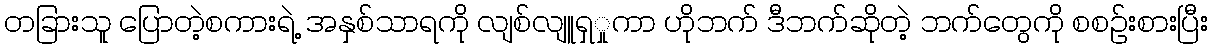
တခြားသူ ပြောတဲ့စကားရဲ့ အနှစ်သာရကို လျစ်လျူရှှုကာ ဟိုဘက် ဒီဘက်ဆိုတဲ့ ဘက်တွေကို စစဉ်းစားပြီး